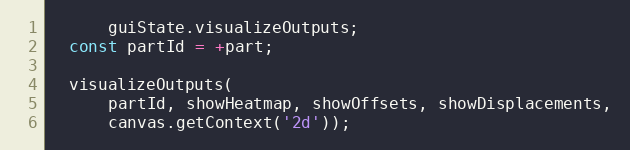
Language: JavaScript
      guiState.visualizeOutputs;
  const partId = +part;

  visualizeOutputs(
      partId, showHeatmap, showOffsets, showDisplacements,
      canvas.getContext('2d'));